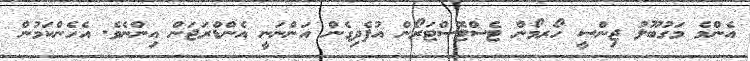
އެންމެ މަގުބޫލު ޖިންސީ ހޯރމޯން ޓެސްޓޮސްޓަރޯން އުފެދިގެން އަންނަނީ އެންޑްރަޖަން އިންނެވެ. އެހެންކަމުން